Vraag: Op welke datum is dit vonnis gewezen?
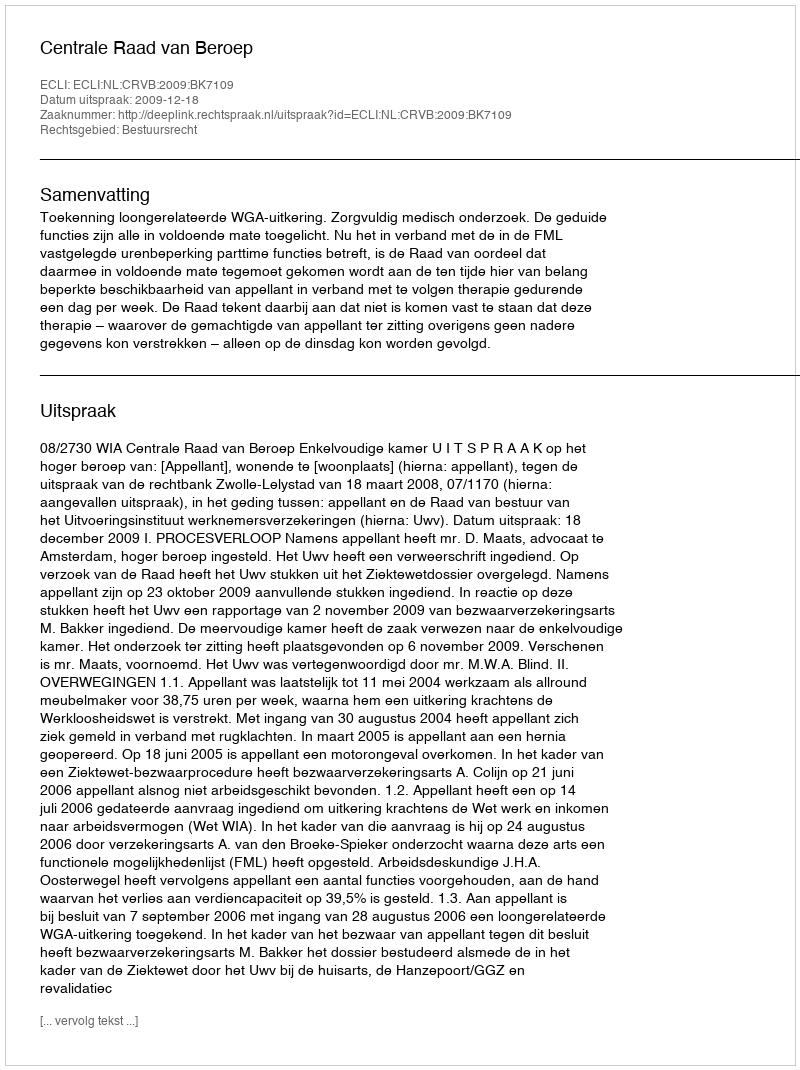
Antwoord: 2009-12-18